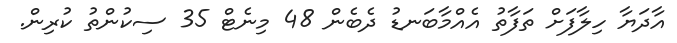
އާދަޔާ ހިލާފަށް ތަފާތު އެއްމާބަނޑު ދެބެން 48 މިނެޓް 35 ސިކުންތު ކުރިން.